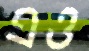
এও